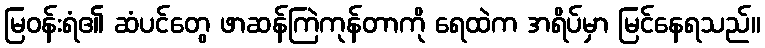
မြဝန်းရံ၏ ဆံပင်တွေ ဖာဆန်ကြဲကုန်တာကို ရေထဲက အရိပ်မှာ မြင်နေရသည်။